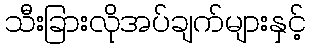
သီးခြားလိုအပ်ချက်များနှင့်